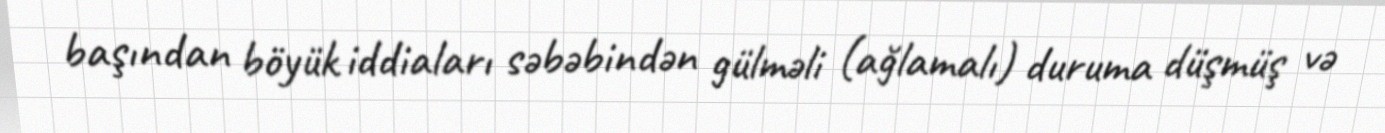
başından böyük iddiaları səbəbindən gülməli (ağlamalı) duruma düşmüş və